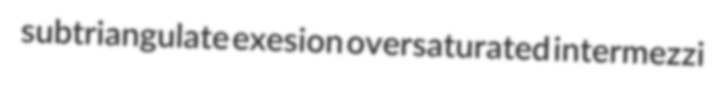
subtriangulate exesion oversaturated intermezzi